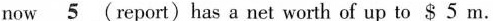
now\underline{5} (report) has a net worth of up to $5 m.